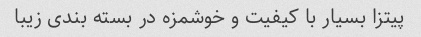
پیتزا بسیار با کیفیت و خوشمزه در بسته بندی زیبا